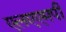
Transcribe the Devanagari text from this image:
एलएएमपी